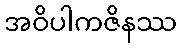
အဝိပါကဇိနဿ